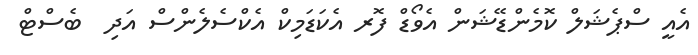
އެއީ ސްޕެޝަލް ކޮމެންޑޭޝަން އެވޯޑް ފޮރ އެކަޑަމިކް އެކްސެލެންސް އަދި  ބެސްޓް